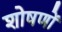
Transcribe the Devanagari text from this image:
शोषणों